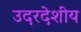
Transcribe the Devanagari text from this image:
उदरदेशीय